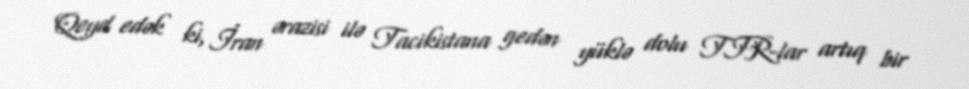
Qeyd edək ki, İran ərazisi ilə Tacikistana gedən yüklə dolu TIR-lar artıq bir